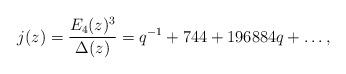
LaTeX: \begin{align*}j(z)=\frac{E_4(z)^3}{\Delta(z)}=q^{-1}+744+196884q+\ldots,\end{align*}